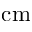
\mathrm { c m }